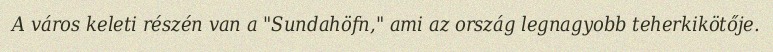
A város keleti részén van a "Sundahöfn," ami az ország legnagyobb teherkikötője.